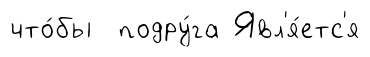
что́бы подру́га Явл'я́етс'я